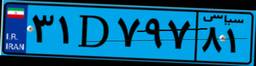
۳۱D۷۹۷۸۱